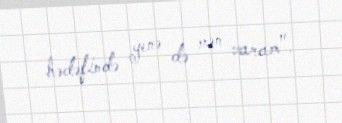
hədəfində yenə də mən varam".